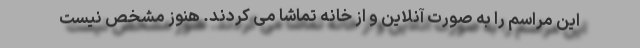
این مراسم را به صورت آنلاین و از خانه تماشا می کردند. هنوز مشخص نیست